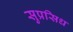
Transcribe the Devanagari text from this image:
सुप्रसिध